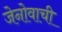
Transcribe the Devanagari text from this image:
जेनोवाची